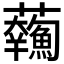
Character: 𩼥